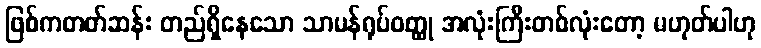
ဖြစ်ကတတ်ဆန်း တည်ရှိနေသော သာမန်ရုပ်ဝတ္ထု အလုံးကြီးတစ်လုံးတော့ မဟုတ်ပါဟု